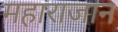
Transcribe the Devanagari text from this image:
महाराजान